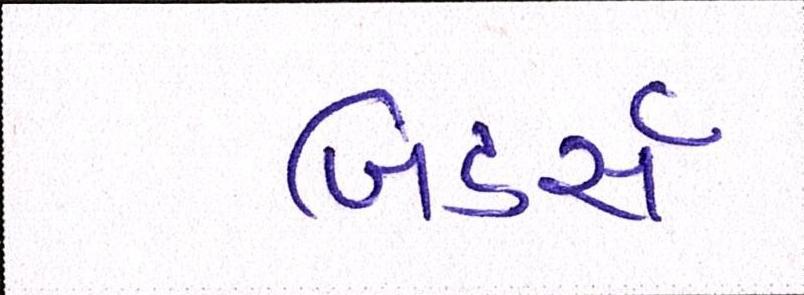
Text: બિડર્સ